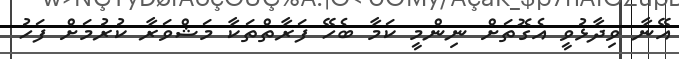
އޭނާ ވިދާޅުވީ އެގޮތަށް ނިންމީ ކަމާ ބެހޭ ފަރާތްތަކާ މަޝްވަރާ ކުރުމަށް ފަހު